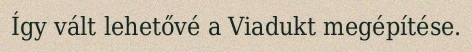
Így vált lehetővé a Viadukt megépítése.